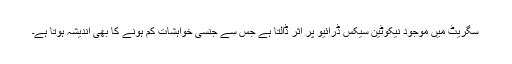
سگریٹ میں موجود نیکوٹین سیکس ڈرائیو پر اثر ڈالتا ہے جس سے جنسی خواہشات کم ہونے کا بھی اندیشہ ہوتا ہے۔